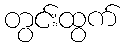
တွင်းထွက်